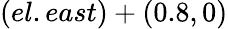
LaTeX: (el.east)+(0.8,0)